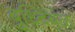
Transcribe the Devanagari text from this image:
बुध्दिबळ